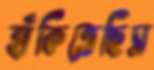
হাঁকিতেছিস